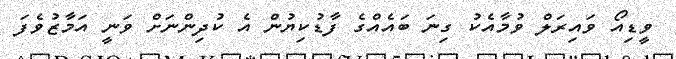
ވީޑިއޯ ވައިރަލް ވުމާއެކު ގިނަ ބައެއްގެ ފާޑުކިޔުން އެ ކުދިންނަށް ވަނީ އަމާޒުވެފަ